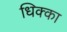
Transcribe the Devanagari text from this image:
धिक्का